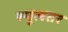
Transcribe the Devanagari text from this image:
स्थूलतर